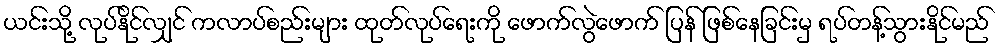
ယင်းသို့ လုပ်နိုင်လျှင် ကလာပ်စည်းများ ထုတ်လုပ်ရေးကို ဖောက်လွဲဖောက် ပြန် ဖြစ်နေခြင်းမှ ရပ်တန့်သွားနိုင်မည်